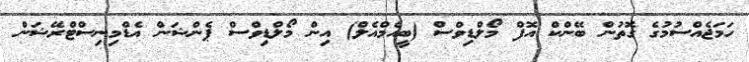
ހަމަޖެއްސުމުގެ ގޮތުން ބޭންކް އޮފް މޯލްޑިވްސް (ބީއެމްއެލް) އިން މޯލްޑިވްސް ޕެންޝަން އެޑްމިނިސްޓްރޭޝަން